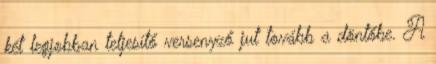
két legjobban teljesítő versenyző jut tovább a döntőbe. A